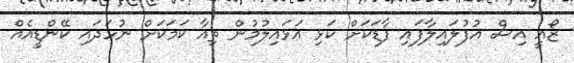
ޒޯއީ އިސް އުފުލައިލާފައި ފާޑަކަށް ކަޅި އަޅައިލުމުން ތިއާ ކަމަކަށް ނުހަދައި ކޭންޑީއެއް